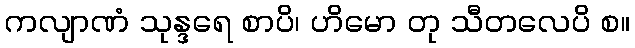
ကလျာဏံ သုန္ဒရေ စာပိ၊ ဟိမော တု သီတလေပိ စ။